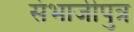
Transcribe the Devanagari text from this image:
संभाजीपुत्र